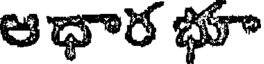
ఆధార భూ